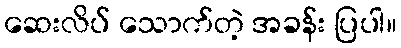
ဆေးလိပ် သောက်တဲ့ အခန်း ပြပါ။